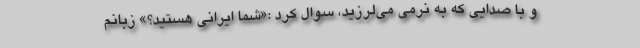
و با صدایی که به نرمی می‌لرزید، سوال کرد :«شما ایرانی هستید؟» زبانم